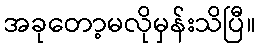
အခုတော့မလိုမှန်းသိပြီ။